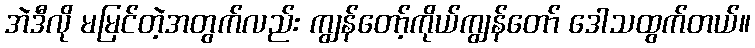
အဲဒီလို မမြင်တဲ့အတွက်လည်း ကျွန်တော့်ကိုယ်ကျွန်တော် ဒေါသထွက်တယ်။